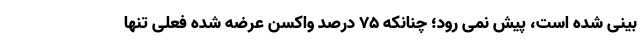
بینی شده است، پیش نمی رود؛ چنانکه 75 درصد واکسن عرضه شده فعلی تنها